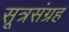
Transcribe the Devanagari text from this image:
सूत्रसंग्रह